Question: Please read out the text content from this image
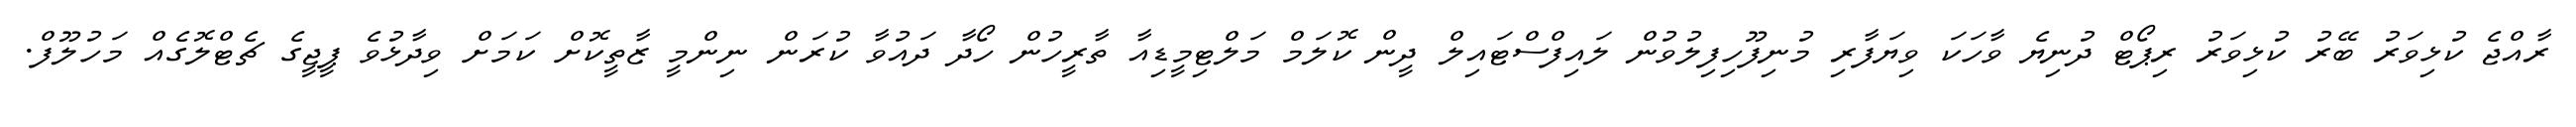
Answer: ރާއްޖެ ކުޅިވަރު ބޭރު ކުޅިވަރު ރިޕޯޓް ދުނިޔެ ވާހަކަ ވިޔަފާރި މުނިފޫހިފިލުވުން ލައިފްސްޓައިލް ދީން ކޮލަމް މަލްޓިމީޑިއާ ތާރީހުން ހޯދާ ދައުވާ ކުރަން ނިންމީ ޒާތީކޮށް ކަމަށް ވިދާޅުވެ ޕީޖީގެ ޗެޓްލޮގެއް މަހުލޫފް.